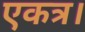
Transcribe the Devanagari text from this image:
एकत्र।